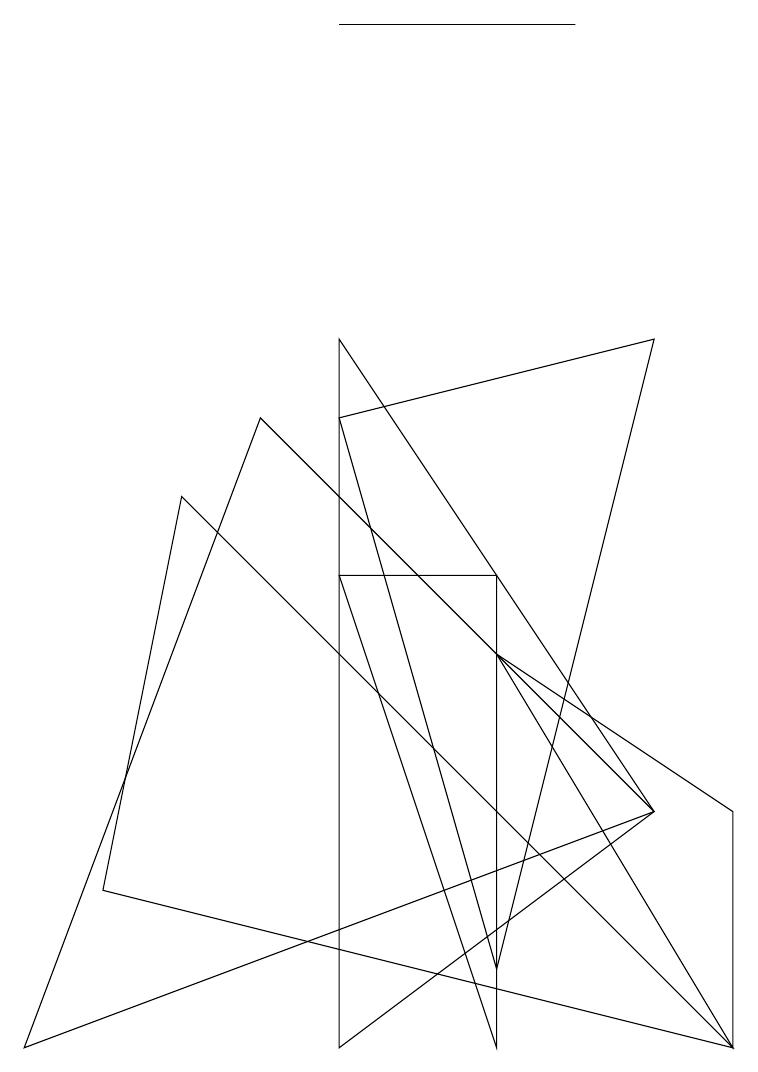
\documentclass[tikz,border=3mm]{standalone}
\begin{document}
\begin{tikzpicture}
\draw (9,0) -- (1,2) -- (2,7) -- cycle;
\draw (4,6) -- (6,6) -- (6,0) -- cycle;
\draw (4,9) -- (8,3) -- (4,0) -- cycle;
\draw (7,13) rectangle (4,13);
\draw (9,0) -- (9,3) -- (6,5) -- cycle;
\draw (8,3) -- (3,8) -- (0,0) -- cycle;
\draw (8,9) -- (6,1) -- (4,8) -- cycle;
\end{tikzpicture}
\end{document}